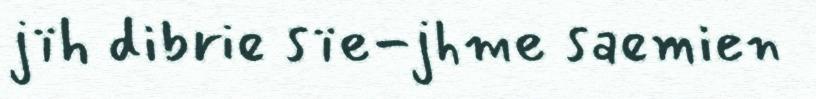
jïh dibrie sïe-jhme saemien